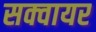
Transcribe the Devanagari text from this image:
सक्वायर